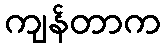
ကျန်တာက